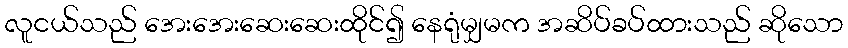
လူငယ်သည် အေးအေးဆေးဆေးထိုင်၍ နေရုံမျှမက အဆိပ်ခပ်ထားသည် ဆိုသော